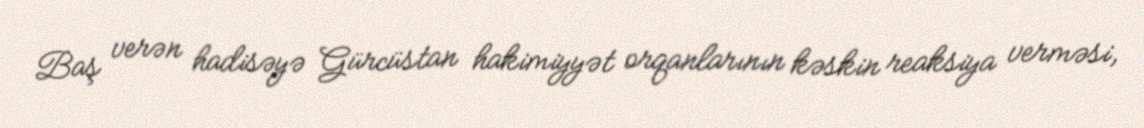
Baş verən hadisəyə Gürcüstan hakimiyyət orqanlarının kəskin reaksiya verməsi,